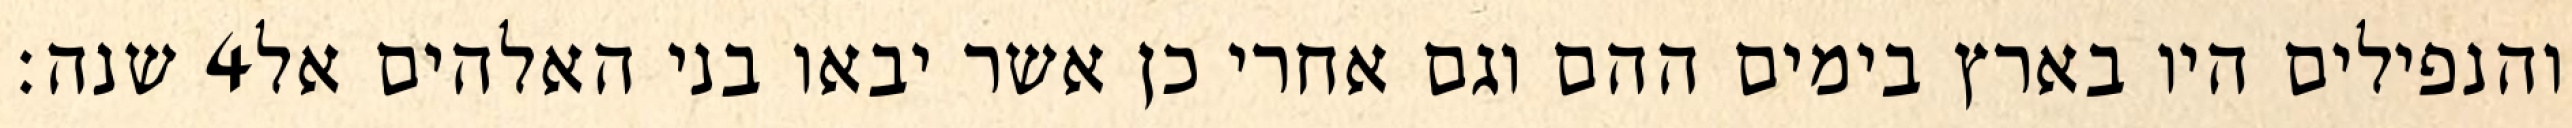
שנה׃ ‎4‏ והנפילים היו בארץ בימים ההם וגם אחרי כן אשר יבאו בני האלהים אל